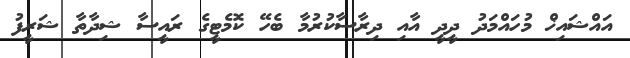
އައްޝައިޚް މުހައްމަދު ދީދީ އާއި ދިރާސާކުރުމާ ބެހޭ ކޮމެޓީގެ ރައީސާ ޝިދާތާ ޝަރީފު